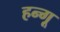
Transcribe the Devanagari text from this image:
हन्गू